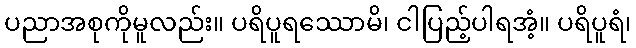
ပညာအစုကိုမူလည်း။ ပရိပူရဿောမိ၊ ငါပြည့်ပါရအံ့။ ပရိပူရံ၊